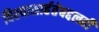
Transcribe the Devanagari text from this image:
विश्‍वासार्हतेबद्दलही